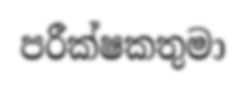
පරීක්ෂකතුමා